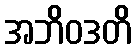
အဘိဝဒတိ